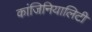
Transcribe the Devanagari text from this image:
कांजिनियालिटी